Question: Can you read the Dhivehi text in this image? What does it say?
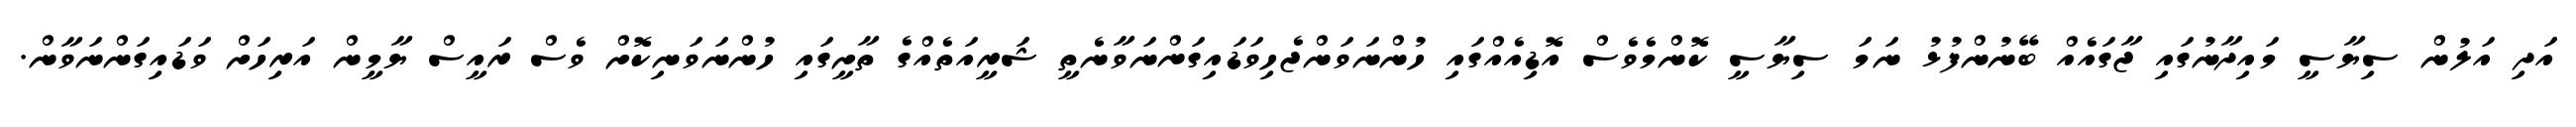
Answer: އަދި އަލުން ސިޔާސީ މައިދާނުގައި ޖާގައެއް ބޭނުންފުޅު ނަމަ ސިޔާސީ ކޮންމެވެސް އޮޑިއެއްގައި ހުންނަވަންޖެހިވަޑައިގަންނަވާނެތީ ޝަރީއަތެއްގެ ތާށީގައި ހުންނަވަނިކޮށް ވެސް ރައީސް ޔާމީން އަރިހަށް ވަޑައިގަންނަވާން.